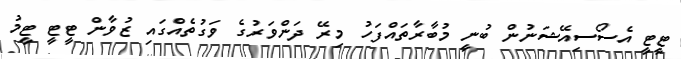
ޓީޓީ އެސޯސިއޭޝަނުން ބުނީ މުބާރާތައްފަހު މިރޭ ދަންވަރުގެ ވަގުތެއްގައި ޒުވާން ޓީޓީ ޓީމު